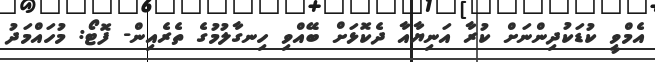
އެމްވީ ކުޑަކުދިންނަށް ކުރާ އަނިޔާއާ ދެކޮޅަށް ބޭއްވި ހިނގާލުމުގެ ތެރެއިން- ފޮޓޯ: މުހައްމަދު